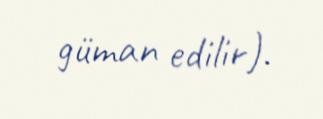
güman edilir).